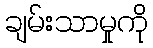
ချမ်းသာမှုကို